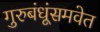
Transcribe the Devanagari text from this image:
गुरुबंधूंसमवेत